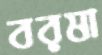
বরষা